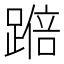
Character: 𫏚